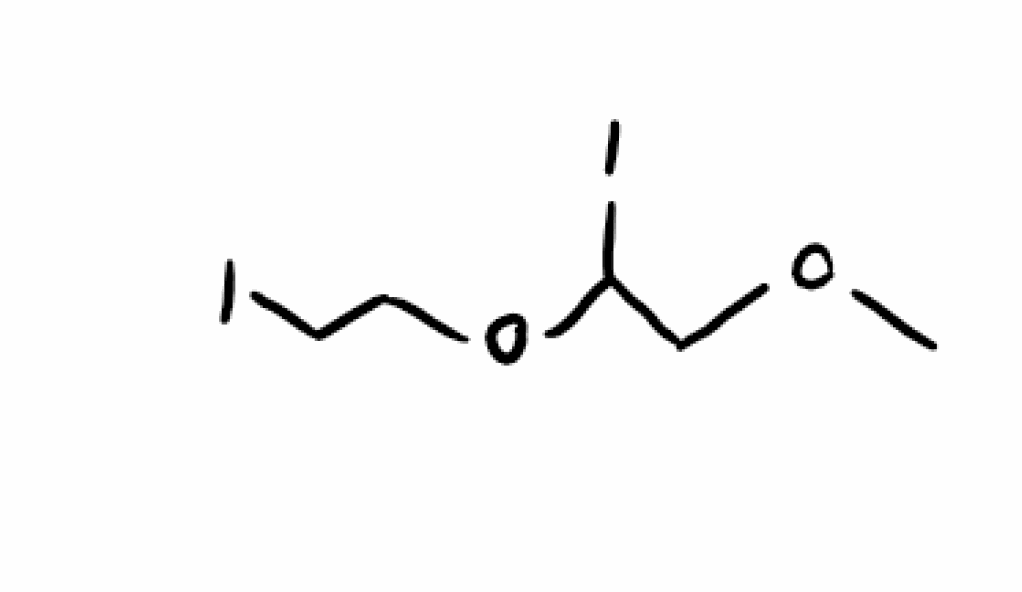
Simplified molecular-input line-entry system (SMILES) notation of the given molecule:
COCC(OCCI)I